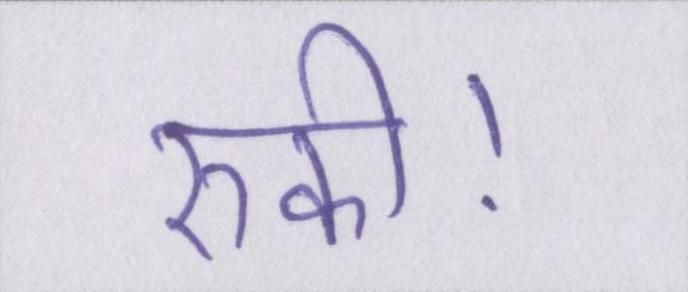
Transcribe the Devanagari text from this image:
रुकी।